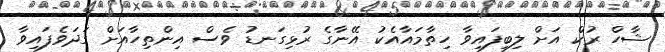
ޝާހް ރުކް އަށް ލިބިފައިވާ ހިތާމައާއެކު އޭނާގެ ރުޅިގަނޑު ވެސް އިންތިހާއަށް ގަދަވެފައިވާ